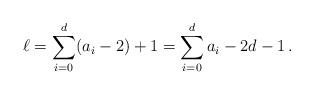
LaTeX: \begin{align*}\ell = \sum_{i=0}^d (a_i - 2) + 1 = \sum_{i=0}^d a_i - 2d - 1\,.\end{align*}